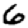
Digit: 6